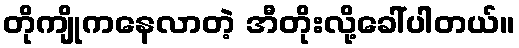
တိုကျိုကနေလာတဲ့ အီတိုးလို့ခေါ်ပါတယ်။